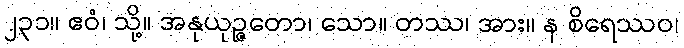
၂၃၁။ ဧဝံ၊ သို့။ အနုယုဉ္ဇတော၊ သော။ တဿ၊ အား။ န စိရေဿဝ၊